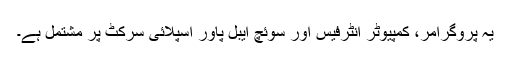
یہ پروگرامر، کمپیوٹر انٹرفیس اور سوئچ ایبل پاور اسپلائی سرکٹ پر مشتمل ہے۔